Punjab Mental Hospital Lahore 1922-31 - 1922-1931
Year: 1922
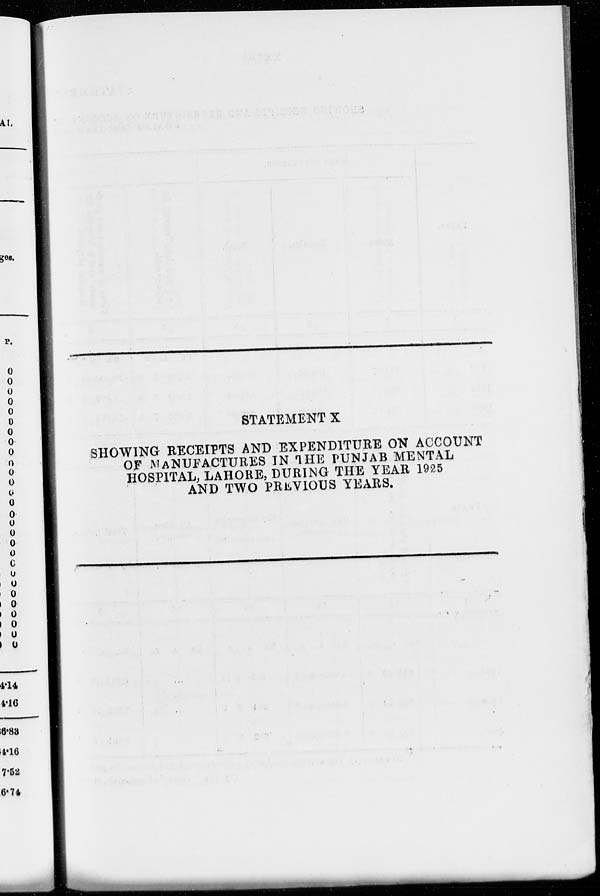
STATEMENT X
SHOWING RECEIPTS AND EXPENDITURE ON ACCOUNT
OF MANUFACTURES IN THE PUNJAB MENTAL
HOSPITAL, LAHORE, DURING THE YEAR 1925
AND TWO PREVIOUS YEARS.